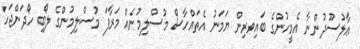
ޢާލުސޫދުންނާ އެމީހުންގެ ބައިވރިން ޔަމަނު އެތައްހާސް މުސްލިމުނެއް މަރާފަ މުސްލިމުންގެ ލޯބި ހޯދަންޖަހާ